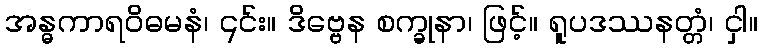
အန္ဓကာရဝိဓမနံ၊ ၎င်း။ ဒိဗ္ဗေန စက္ခုနာ၊ ဖြင့်။ ရူပဒဿနတ္တံ၊ ငှါ။